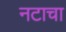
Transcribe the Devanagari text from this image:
नटाचा